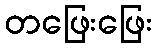
တဖြေးဖြေး